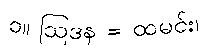
၁။ ဩဒန = ထမင်း၊